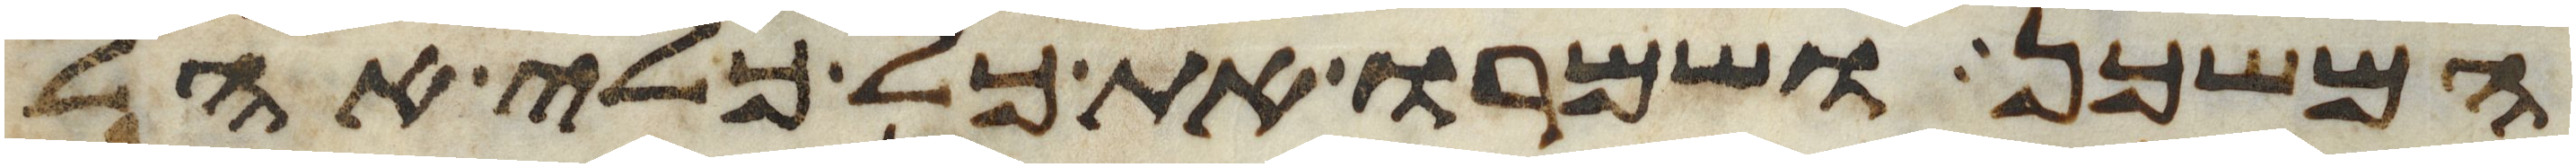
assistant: המשכן ושמרו את כל כלי אהל